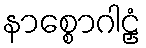
နာစ္စောဂါဠှံ